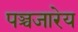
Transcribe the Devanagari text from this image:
पञ्चजारेय